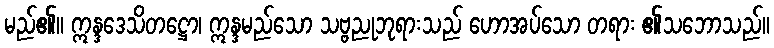
မည်၏။ ဣန္ဒဒေသိတဋ္ဌော၊ ဣန္ဒမည်သော သဗ္ဗညုဘုရားသည် ဟောအပ်သော တရား ၏သဘောသည်။